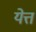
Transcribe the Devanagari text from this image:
येत्त